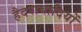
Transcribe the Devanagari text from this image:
हैदराबादियों